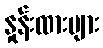
နှုန်းထားများ